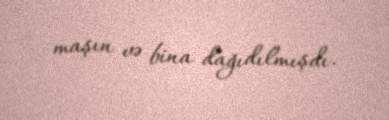
maşın və bina dağıdılmışdı.